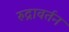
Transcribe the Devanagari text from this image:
रुद्रावर्तन